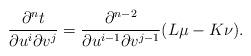
LaTeX: \begin{align*} \frac{\partial^nt}{\partial u^i\partial v^j}=\frac{\partial^{n-2}}{\partial u^{i-1}\partial v^{j-1}}(L\mu-K\nu).\end{align*}